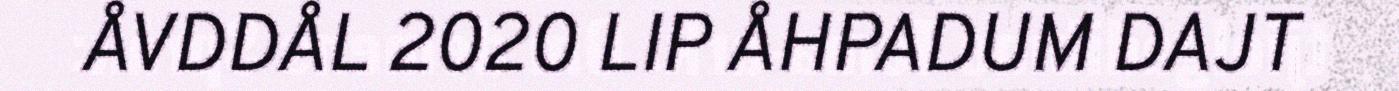
ÅVDDÅL 2020 LIP ÅHPADUM DAJT